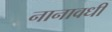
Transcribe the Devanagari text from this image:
नानावधी